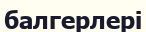
балгерлері